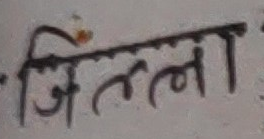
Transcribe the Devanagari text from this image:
जिल्ल